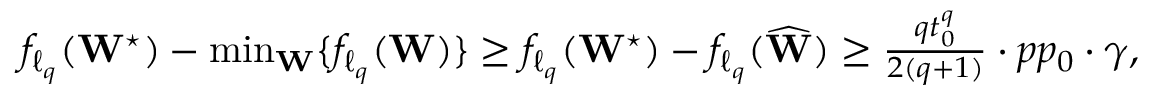
\begin{array} { r } { f _ { \ell _ { q } } ( \mathbf { W } ^ { \star } ) - \operatorname* { m i n } _ { \mathbf { W } } \{ f _ { \ell _ { q } } ( \mathbf { W } ) \} \geq f _ { \ell _ { q } } ( \mathbf { W } ^ { \star } ) - f _ { \ell _ { q } } ( \widehat \mathbf { W } ) \geq \frac { q t _ { 0 } ^ { q } } { 2 ( q + 1 ) } \cdot { p p _ { 0 } } \cdot \gamma , } \end{array}